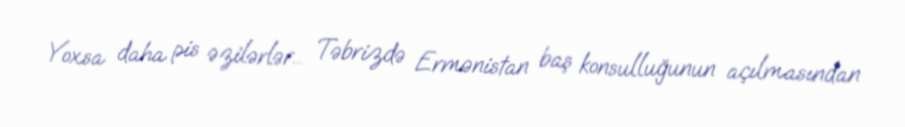
Yoxsa daha pis əzilərlər... Təbrizdə Ermənistan baş konsulluğunun açılmasından